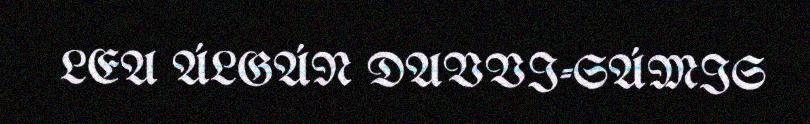
LEA ÁLGÁN DAVVI-SÁMIS